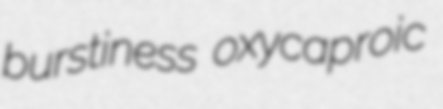
burstiness oxycaproic